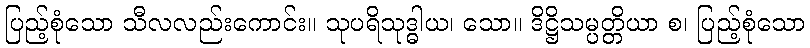
ပြည့်စုံသော သီလလည်းကောင်း။ သုပရိသုဒ္ဓါယ၊ သော။ ဒိဋ္ဌိသမ္ပတ္တိယာ စ၊ ပြည့်စုံသော